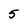
Character: 5